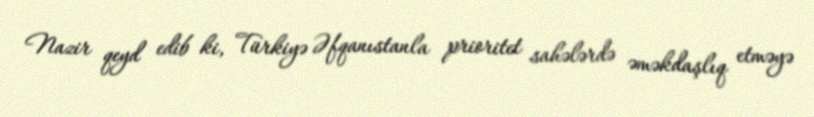
Nazir qeyd edib ki, Türkiyə Əfqanıstanla prioritet sahələrdə əməkdaşlıq etməyə